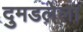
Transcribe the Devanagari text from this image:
दुमडलेला